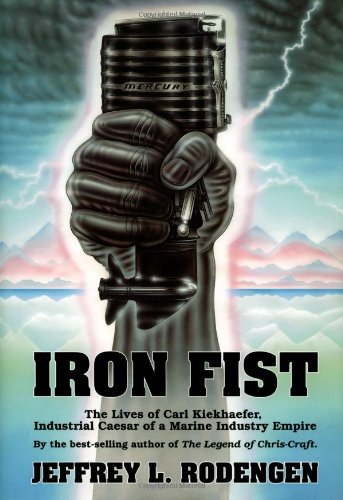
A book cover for Iron Fist: The Lives of Carl Kiekhaefer; Jeffrey L. Rodengen; Engineering & Transportation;